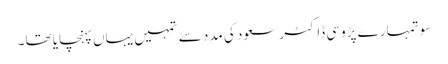
سو تمہارے پڑوسی ڈاکٹر سعود کی مدد سے تمہیں یہاں پہنچایا تھا۔